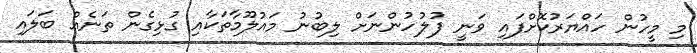
މި މީހުން ހައްޔަރުކޮށްފައި ވަނީ ފުލުހުންނަށް ލިބުނު މައުލޫމާތަކާއި ގުޅިގެން ތަނެއް ބަލައި